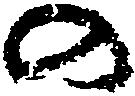
の